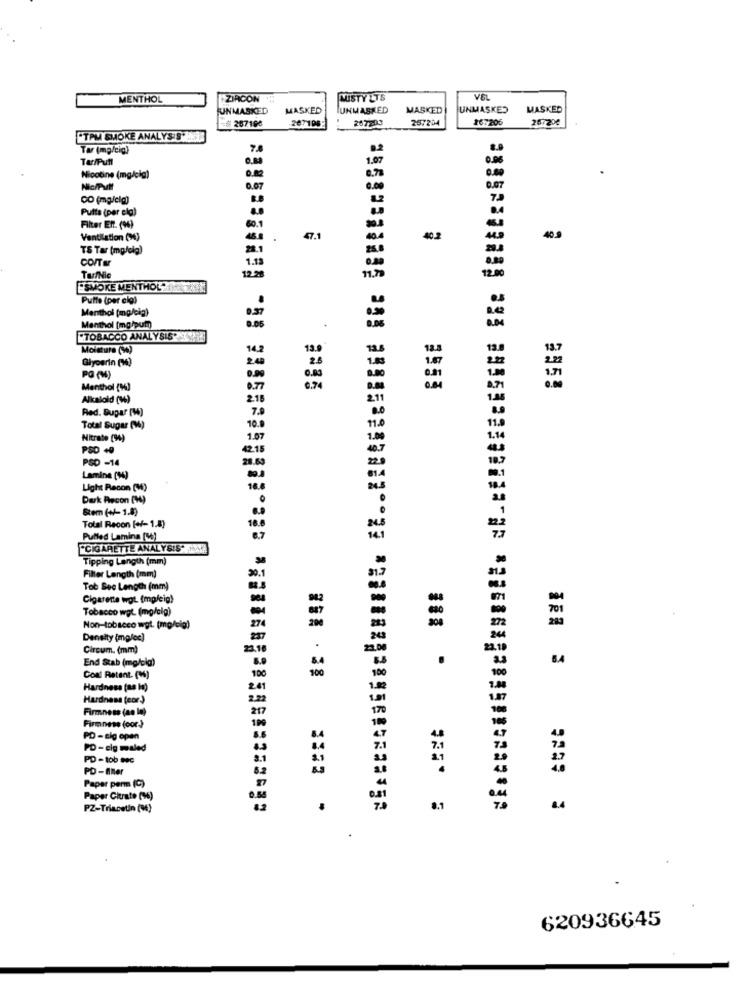
MENTHOL
ZIRCON
MISTY LTS
VEL
UNMASKED
MASKED
UNMASKED
MASKED
UNMASKED
MASKED
=#267100
207100
267203
267204
267206
267206
CTAM SMOKE ANALYSIS.
Tar (mg/cig)
Tar/Pull
1.97
Nicotine (mg/cig)
0.7
Nic/Putt
0.07
DO (mg/clg)
Pulta (per elg)
.
Filter Eft. (96)
60.1
Ventilation (3)
46.8
.
47.1
40.2
40.9
T& Tar (mp/sig)
28.1
CO/TE
1.1
TufNic
12.2
SMOKE MENTHOL ZONEN
Putte (per cig)
Menthol [mg/ela)
Menthol [mg/pum)
ETOBACCO ANALYSIS NYERE
Moisture (W)
13.9
13.7
Giyourin (14)
PO (M)
Menthol (94)
0.7
8953
9953
Alkaloid (94)
Red. Bupar (W)
Total Sugar (M)
Nitrate (94)
PSD +0
PSD -14
28.
Lamine (94)
Light Recon (M)
Dark Recon (W)
Sem (+/-1.8)
Total Recon [+/- 1.8)
Pulled Lamina (W)
6.7
CIGARETTE ANALYSIS"ROMA
Tipping Length (mm)
Filter Length (mm)
Tob Sec Length (mm)
Cigarette wat. (mp/cig)
Tobacco wot. (mg/cig)
701
200
Non-tobacco wgt. (molelg)
Density (mg/ec)
Circum. (mm)
8.4
End Szab (mg/cla)
Coal Ratent. (W)
Hardness (as In)
Hardness (eor)
Firmness (an In)
Firmness (cor.)
PD - eig open
PD - cig maled
7.1
PD - tob tec
PD - Eher
Paper perm (C)
Paper Citrate (96)
PZ-Triacetin (M)
8.1
8.4
620936645